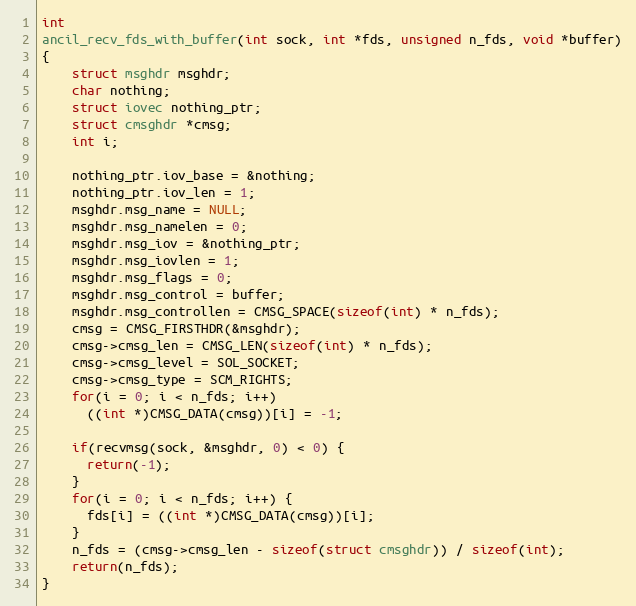
Language: C
int
ancil_recv_fds_with_buffer(int sock, int *fds, unsigned n_fds, void *buffer)
{
    struct msghdr msghdr;
    char nothing;
    struct iovec nothing_ptr;
    struct cmsghdr *cmsg;
    int i;

    nothing_ptr.iov_base = &nothing;
    nothing_ptr.iov_len = 1;
    msghdr.msg_name = NULL;
    msghdr.msg_namelen = 0;
    msghdr.msg_iov = &nothing_ptr;
    msghdr.msg_iovlen = 1;
    msghdr.msg_flags = 0;
    msghdr.msg_control = buffer;
    msghdr.msg_controllen = CMSG_SPACE(sizeof(int) * n_fds);
    cmsg = CMSG_FIRSTHDR(&msghdr);
    cmsg->cmsg_len = CMSG_LEN(sizeof(int) * n_fds);
    cmsg->cmsg_level = SOL_SOCKET;
    cmsg->cmsg_type = SCM_RIGHTS;
    for(i = 0; i < n_fds; i++)
      ((int *)CMSG_DATA(cmsg))[i] = -1;

    if(recvmsg(sock, &msghdr, 0) < 0) {
      return(-1);
    }
    for(i = 0; i < n_fds; i++) {
      fds[i] = ((int *)CMSG_DATA(cmsg))[i];
    }
    n_fds = (cmsg->cmsg_len - sizeof(struct cmsghdr)) / sizeof(int);
    return(n_fds);
}